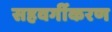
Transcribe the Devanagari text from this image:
सहवर्गीकरण